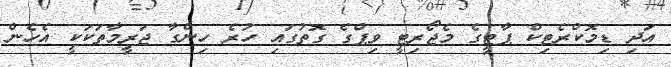
އަދި ޑިމޮކްރެޓިކް ޕާޓީގެ މެޖޯރިޓީ ވިޕްގެ ގޮތުގައި ހުރެ ހިންގާ ޖަރީމާތަކަކީ އެހެން